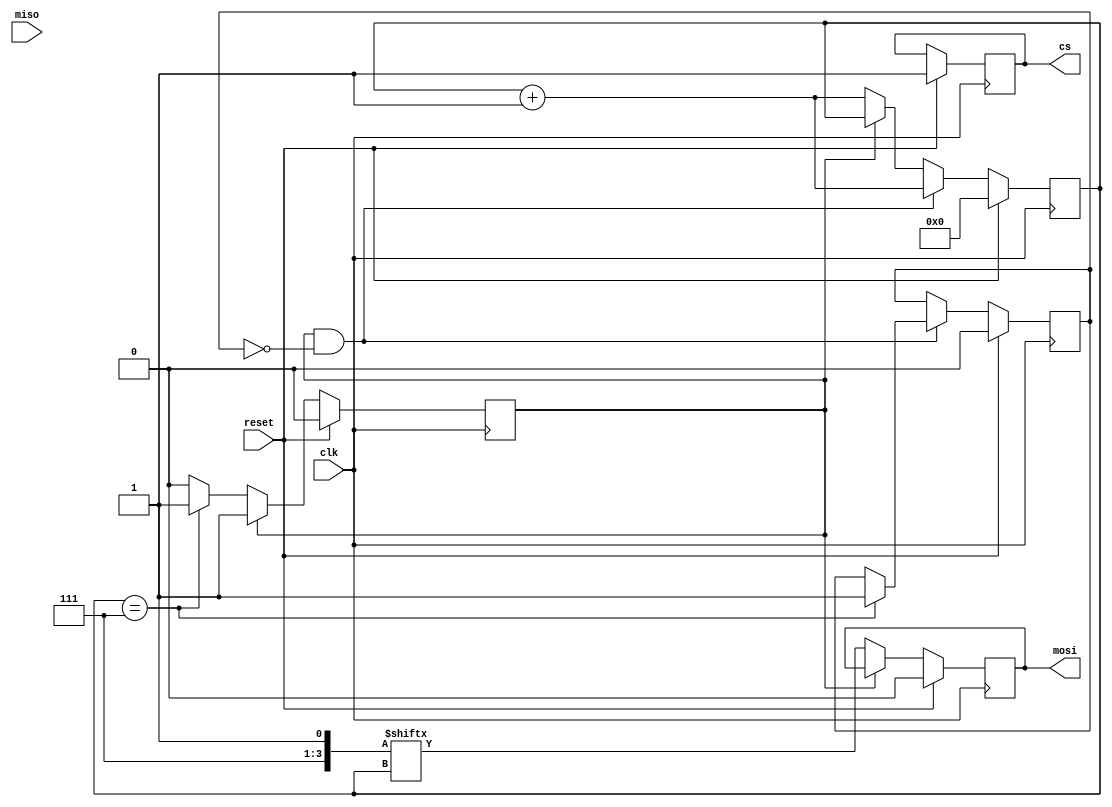
module spi_master (
    input wire clk,
    input wire reset,
    output reg cs,
    output reg mosi,
    input wire miso
);

reg [7:0] data_out;
reg [7:0] data_in;
reg [3:0] bit_counter;
reg shift_out_done;
reg shift_in_done;

// Control logic for generating clock pulses
always @(posedge clk) begin
    if (reset) begin
        cs <= 1'b1; // deselect all slave devices
        mosi <= 1'b0;
        bit_counter <= 4'b0000;
        shift_out_done <= 1'b0;
        shift_in_done <= 1'b0;
    end else begin
        // Shift out data bits to slave device
        if (!shift_out_done) begin
            mosi <= data_out[bit_counter];
            bit_counter <= bit_counter + 1;
            if (bit_counter == 7) begin
                shift_out_done <= 1'b1;
            end
        end
        
        // Capture incoming data bits from slave device
        if (shift_out_done && !shift_in_done) begin
            data_in[bit_counter] <= miso;
            bit_counter <= bit_counter + 1;
            if (bit_counter == 7) begin
                shift_in_done <= 1'b1;
            end
        end
    end
end

endmodule